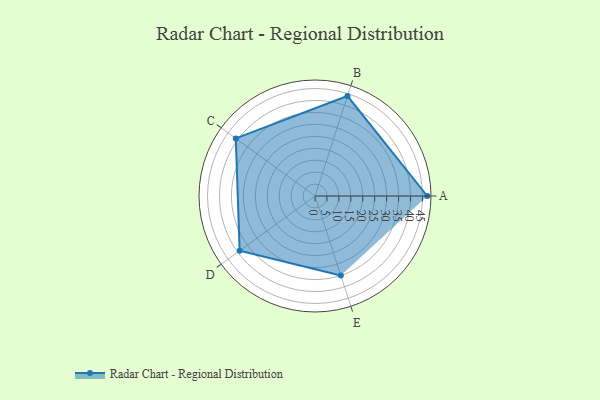
{"axis": {"x": "Skill", "y": "Score"}, "legend": ["Profile"], "data": [{"x": "A", "y": 47.0, "type": "Profile"}, {"x": "B", "y": 44.0, "type": "Profile"}, {"x": "C", "y": 41.0, "type": "Profile"}, {"x": "D", "y": 39.0, "type": "Profile"}, {"x": "E", "y": 35.0, "type": "Profile"}]}